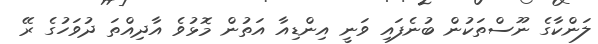
ލަންކާގެ ނޫސްތަކުން ބުނެފައި ވަނީ އިންޑިއާ އަތުން މޮޅުވެ އާދިއްތަ ދުވަހުގެ ރޭ